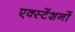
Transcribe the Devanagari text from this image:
एक्स्टेंशनों